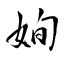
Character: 姰